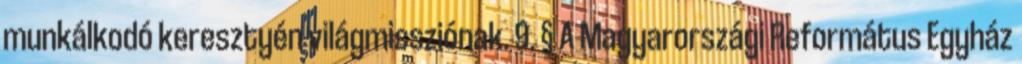
munkálkodó keresztyén világmissziónak. 9. § A Magyarországi Református Egyház